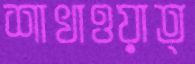
শাখাওয়াত্